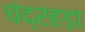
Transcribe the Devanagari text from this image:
चंद्रहड़ा